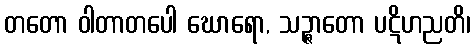
တတော ဝါတာတပေါ ဃောရော, သဉ္ဇာတော ပဋိဟညတိ၊